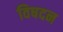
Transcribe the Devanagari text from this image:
विषदन